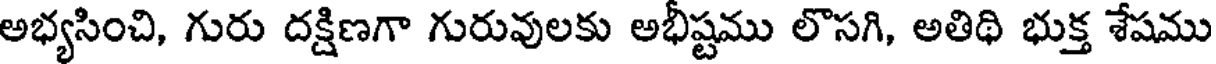
అభ్యసించి, గురు దక్షిణగా గురువులకు అభీష్టము లొసగి, అతిథి భుక్త శేషము